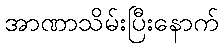
အာဏာသိမ်းပြီးနောက်